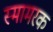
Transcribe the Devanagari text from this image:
स्मामरक